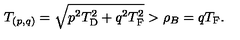
T _ { ( p , q ) } = \sqrt { p _ { \vphantom D } ^ { 2 } T _ { \mathrm { D } } ^ { 2 } + q _ { \vphantom D } ^ { 2 } T _ { \mathrm { F } } ^ { 2 } } > \rho _ { B } = q T _ { \mathrm { F } } .